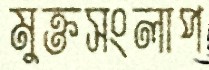
মুক্তসংলাপ